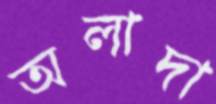
অলাদা